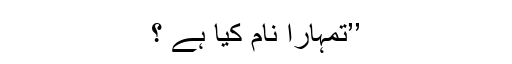
’’تمہارا نام کیا ہے ؟